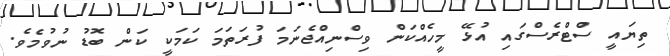
ތިޔައީ ސްޓްރެސްގައި އުޅޭ މީހެއްކަން ވިސްނިއްޖެނަމަ ފުރަތަމަ ކަމަކީ ކަން ބޮޑު ނުވުމެވެ.